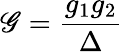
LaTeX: \mathscr{G}=\frac{{g_{1}g_{2}}}{{\Delta}}